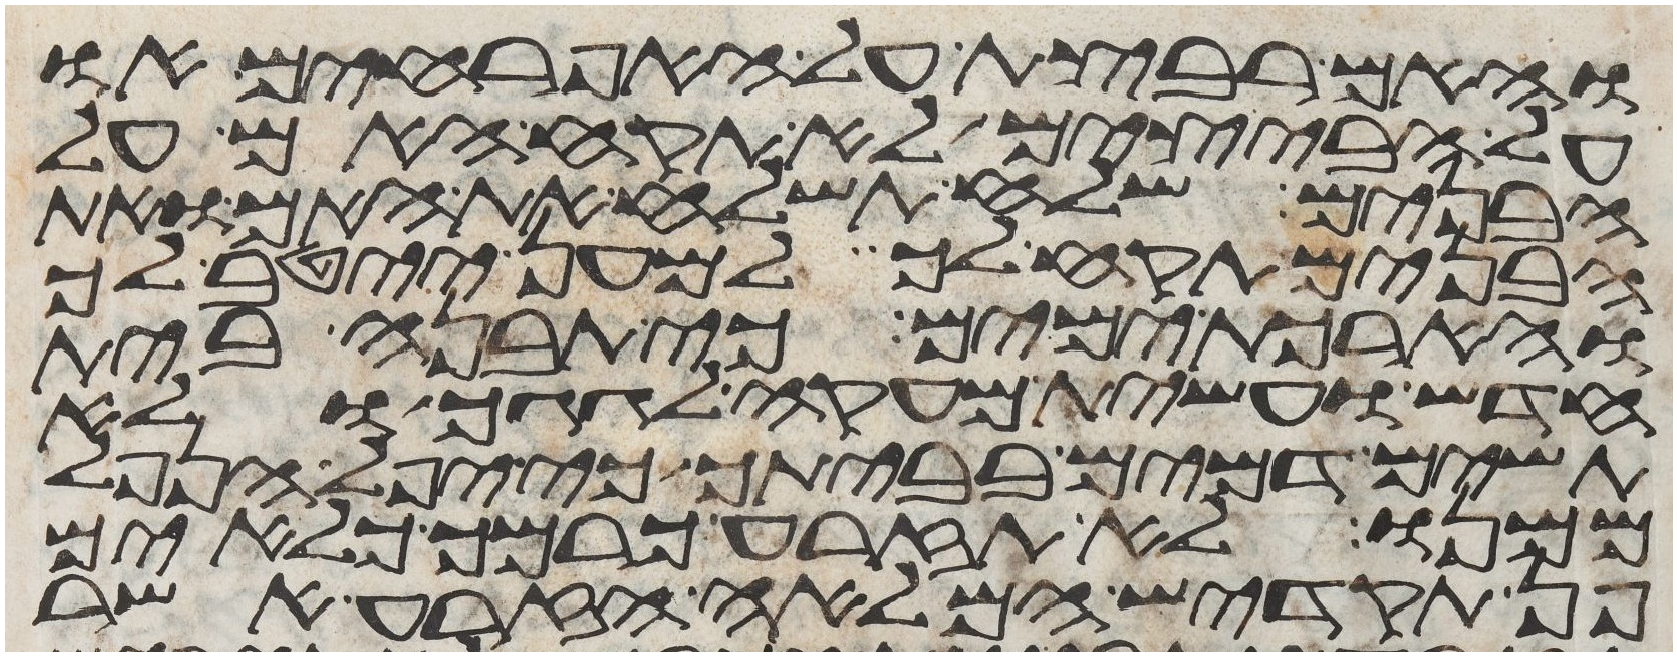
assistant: והאם רבצת על האפרחים או
על הבצים לא תקח האם על
הבנים שלח תשלח את האם ואת
הבנים תקח לך למען ייטב לך
והארכת ימים כי תבנה בית
חדש ועשית מעקה לגגך ולא
תשים דמים בביתך כי יפל הנפל
ממנו לא תזרע כרמך כלאים
פן תקדיש המלאה הזרע אשר